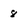
Character: 8